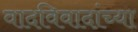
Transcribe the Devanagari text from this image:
वादविवादांच्या